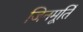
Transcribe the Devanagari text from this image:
जिनमूर्ति